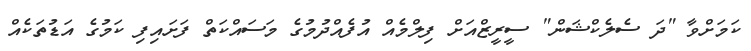
ކަމަށްވާ "ދަ ސެލެކްޝަން" ސީރީޒްއަށް ފިލްމެއް އުފެއްދުމުގެ މަސައްކަތް ފަށައިފި ކަމުގެ އަޑުތަކެއް